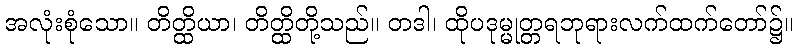
အလုံးစုံသော။ တိတ္ထိယာ၊ တိတ္ထိတို့သည်။ တဒါ၊ ထိုပဒုမ္မုတ္တရဘုရားလက်ထက်တော်၌။